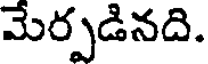
మేర్పడినది.